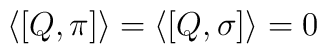
\langle [Q, \pi]\rangle=\langle [Q, \sigma]\rangle=0